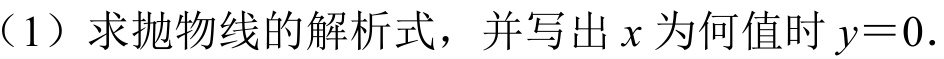
（1）求抛物线的解析式，并写出 \(x\) 为何值时 \(y = 0\).